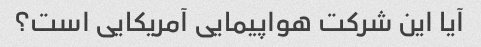
آیا این شرکت هواپیمایی آمریکایی است؟